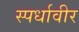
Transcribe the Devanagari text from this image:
स्पर्धावीर